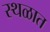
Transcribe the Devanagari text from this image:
स्थळात